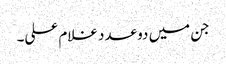
جن میں دو عدد غلام علی۔